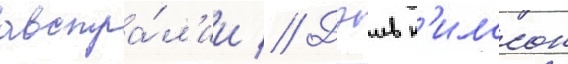
австра́л'ии // Дэив н'илссон